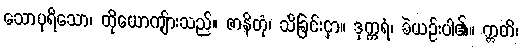
သောပုရိသော၊ ထိုယောကျ်ားသည်။ ဇာနိတုံ၊ သိခြင်းငှာ။ ဒုက္ကရံ၊ ခဲယဉ်းပါ၏။ ဣတိ၊